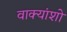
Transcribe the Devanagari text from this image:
वाक्यांशो